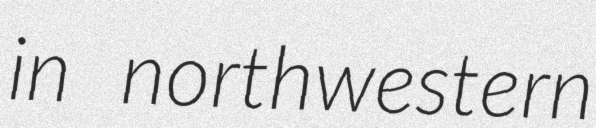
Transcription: in northwestern